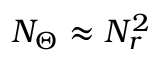
N _ { \Theta } \approx N _ { r } ^ { 2 }